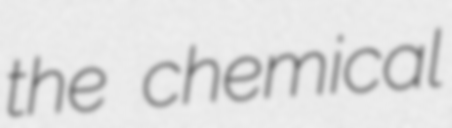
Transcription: the chemical